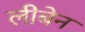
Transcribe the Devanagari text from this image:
लीबेन